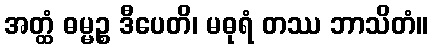
အတ္ထံ ဓမ္မဉ္စ ဒီပေတိ၊ မဓုရံ တဿ ဘာသိတံ။